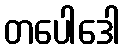
တပေါဒေါ